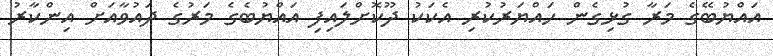
އައްޔުބޭގެ މަރާ ގުޅިގެން ހައްޔަރުކުރި އެކަކު ދޫކޮށްލައިފި އައްޔުބެގެ މަރުގެ ދައުވާއަށް އިންކާރު